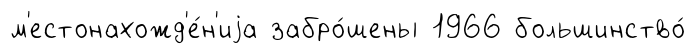
м'естонахожд'е́н'иjа забро́шены 1966 большинство́